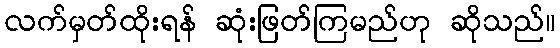
လက်မှတ်ထိုးရန် ဆုံးဖြတ်ကြမည်ဟု ဆိုသည်။